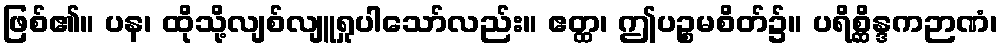
ဖြစ်၏။ ပန၊ ထိုသို့လျစ်လျူရှုပါသော်လည်း။ ဧတ္ထ၊ ဤပဉ္စမစိတ်၌။ ပရိစ္ဆိန္ဒကဉာဏံ၊